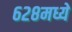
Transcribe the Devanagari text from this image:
६२८मध्ये